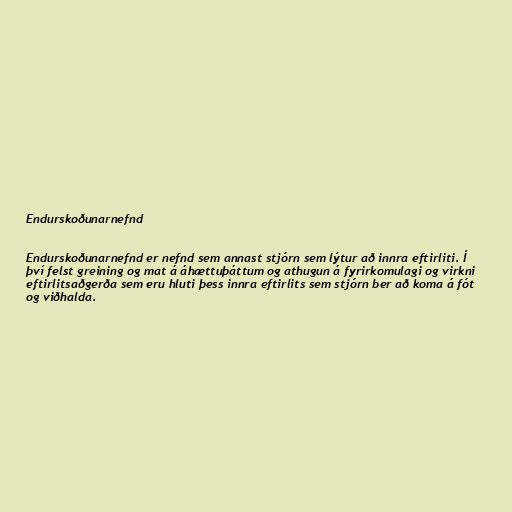
Endurskoðunarnefnd

Endurskoðunarnefnd er nefnd sem annast stjórn sem lýtur að innra eftirliti. Í
því felst greining og mat á áhættuþáttum og athugun á fyrirkomulagi og virkni
eftirlitsaðgerða sem eru hluti þess innra eftirlits sem stjórn ber að koma á fót
og viðhalda.